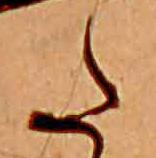
た